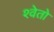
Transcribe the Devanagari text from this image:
श्‍वेतो